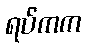
ရပ်ကက